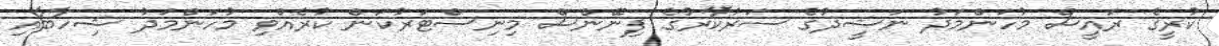
ކުރީގެ ރައީސް މުހަންމަދު ނަޝީދުގެ ސަރުކާރުގެ ފިނޭންސް މިނިސްޓަރުކަން ކުރެއްވި މުހަންމަދު ޝިހާބާއި